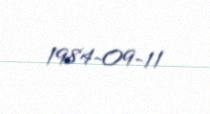
1984-09-11